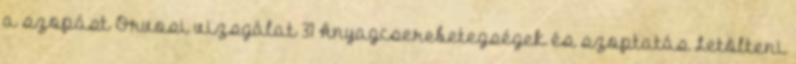
a szopást Orvosi vizsgálat 31 Anyagcserebetegségek és szoptatás Letölteni